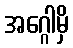
အဂ္ဂေါမှိ